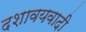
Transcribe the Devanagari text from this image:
दशावयवादी